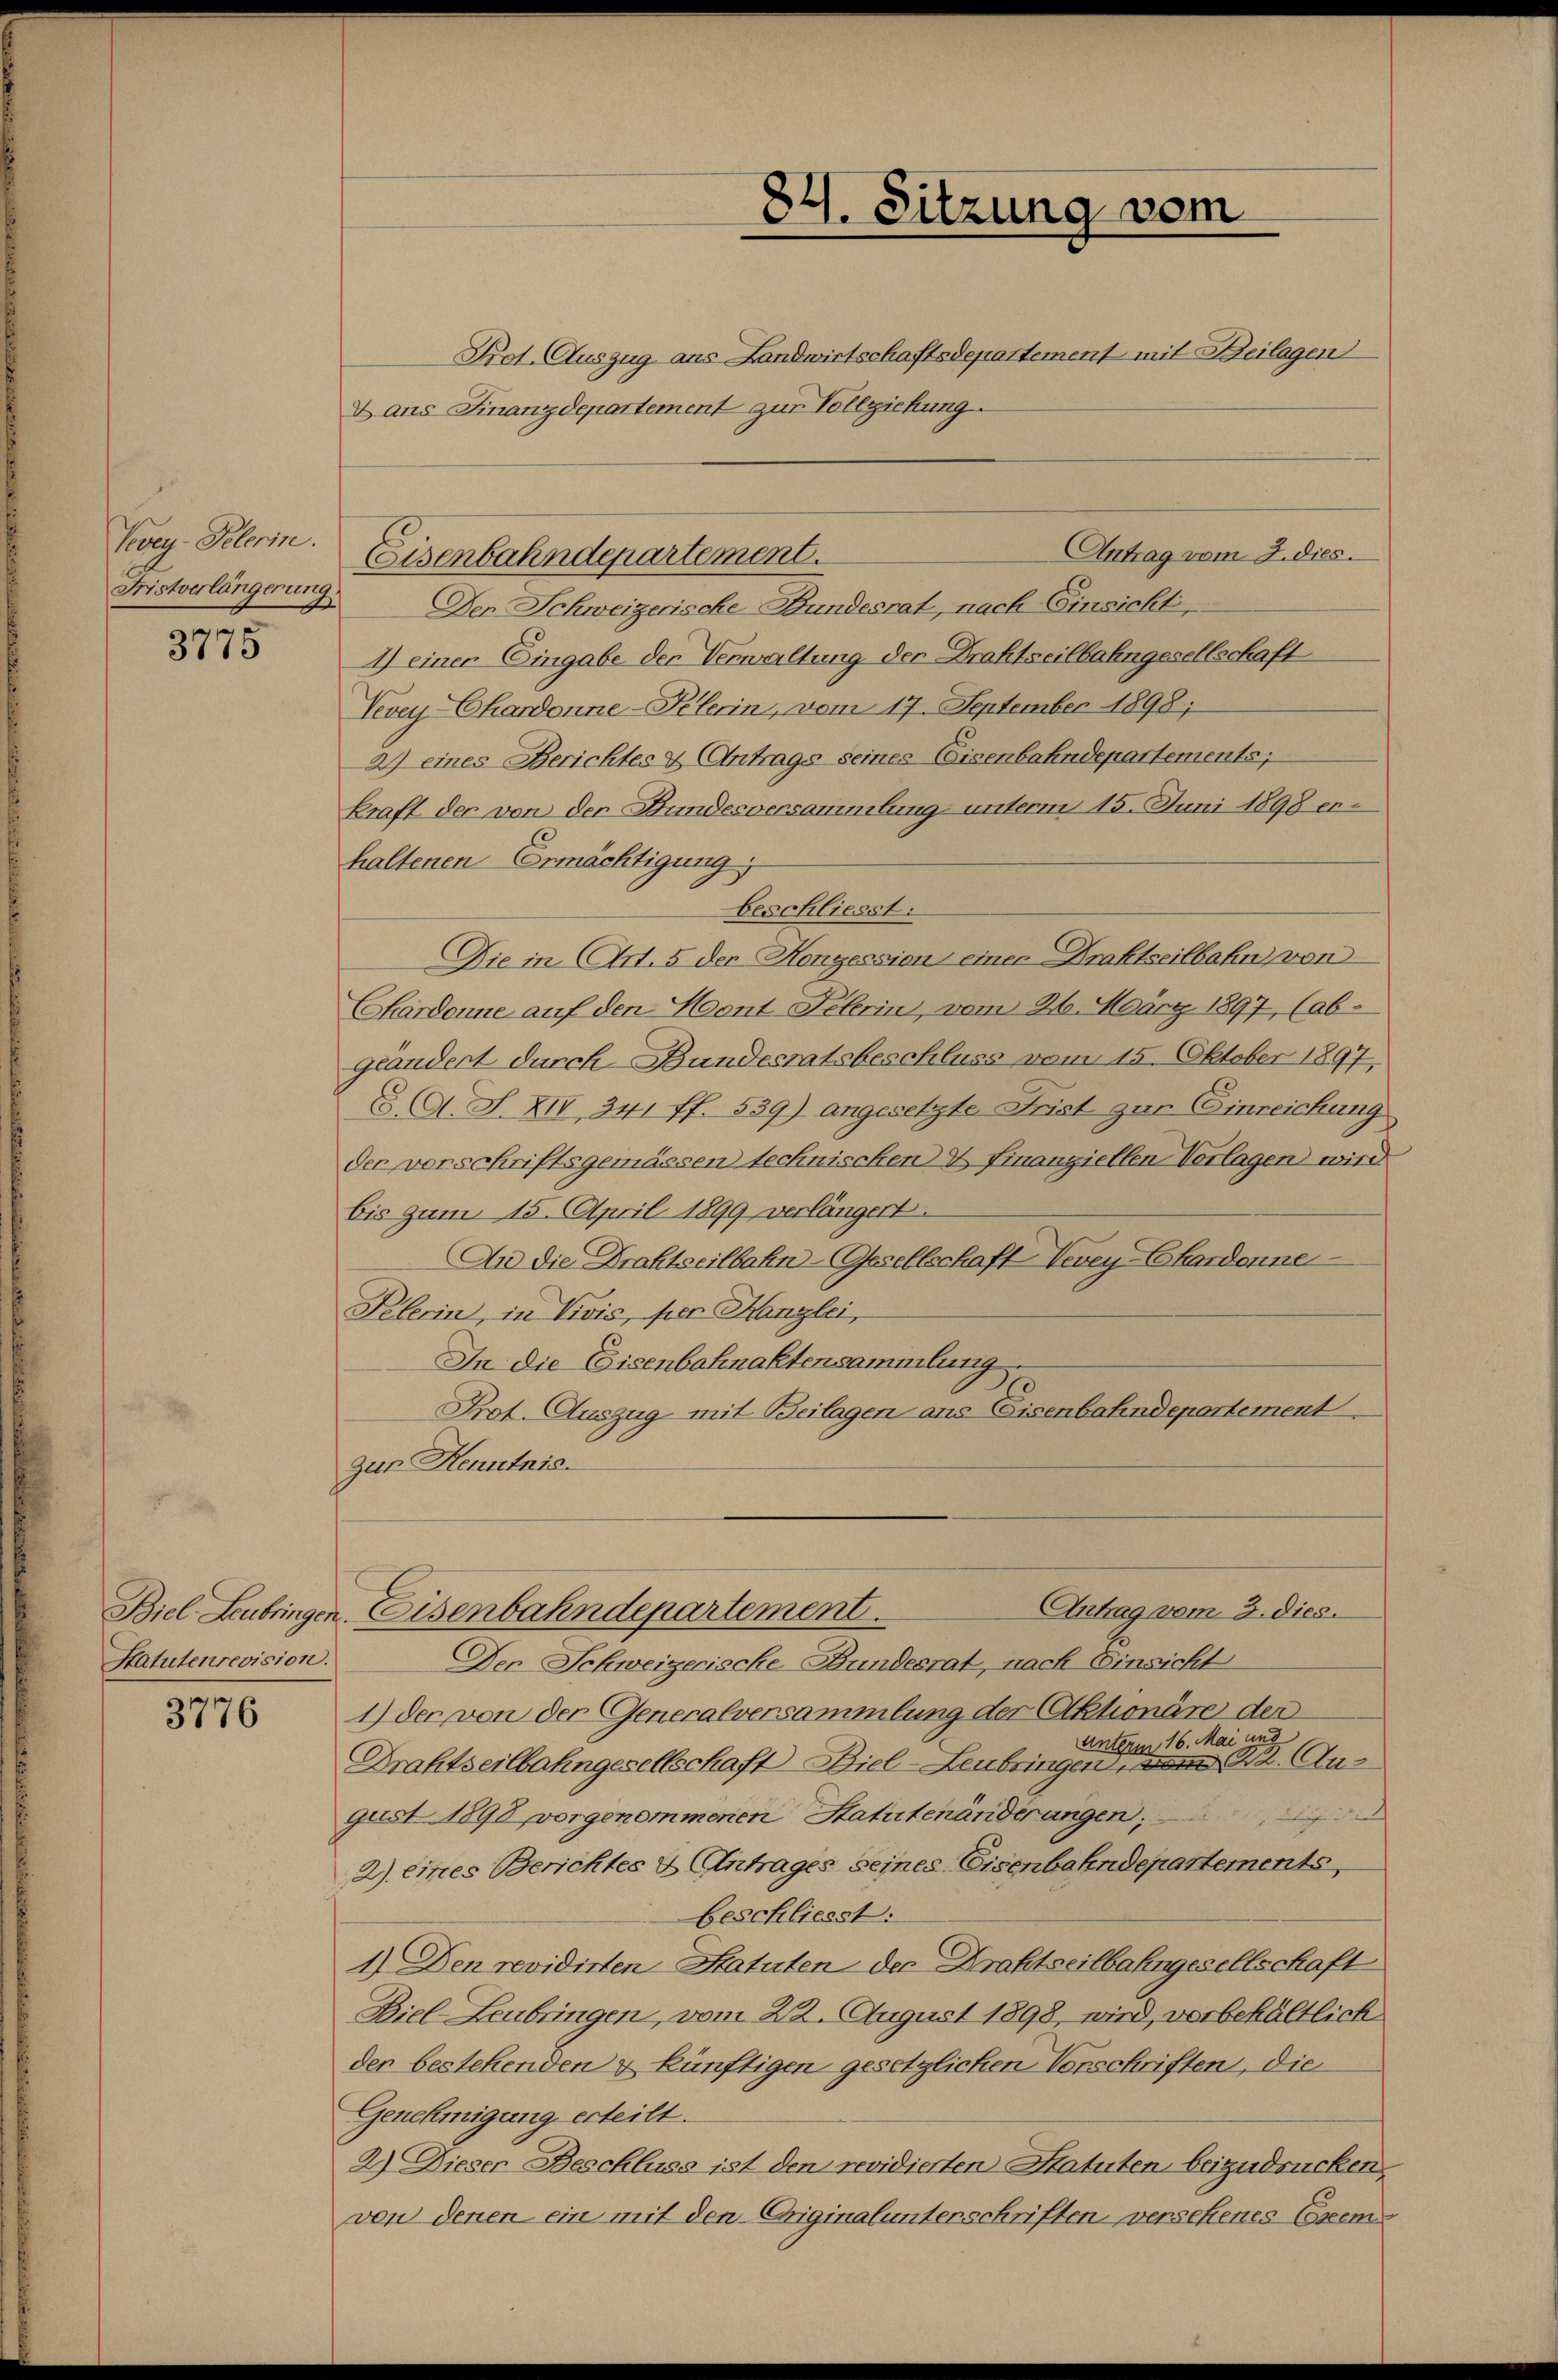
Vevey-Pelerin.
Fristverlängerung.

3775

Hatutenrevision.

3776

84. Sitzung vom

Prot. Auszug aus Landwirtschaftsdepartement mit Beilagen
Dans Finanzdepartement zur Vollziehung.
Antrag vom 2. dies
Den Schweizerische Bundesrat, nach Einsicht
1) einer Eingabe der Verwaltung der Drahtseilbahngesellschaft
Vevey-Chardonne-Pelerin, vom 17. September 1898;
2) eines Berichtes & Antrags seines Eisenbahndepartements;
kraft der von der Bundesversammlung unterm 15. Juni 1898 erhaltenen Ermächtigung;
beschliesst:
Die in Art. 5 der Konzession einer Drahtseilbahn von
Chardonne auf den Hont Pelerin, vom 26. März 1897 (ab-
geändert durch Bundesratsbeschluss vom 15. Oktober 1897
(A. S. XIV 341 ff. 539) angesetzte Frist zur Einreichung
der verschriftsgemässen technischen & finanziellen Vorlagen wird
bis zum 15. April 1899 verlängert.
An die Drahtseilbahn-Gesellschaft Vevey-Chardonne
Klerin, in Vivis, per Hanzlei,
In die Eisenbahnaktensammlung
Prot. Auszug mit Beilagen aus Eisenbahndepartement
zur Kenntnis.

Eisenbahndepartement.

Antrag vom 3. dies.
Biel Leubringen. Eisenbahndepartement.

Der Schweizerische Bundesrat, nach Einsicht
1) der von der Generalversammlung der Aktionäre der
unterm 16. Mai und
Drahtseilbahngesellschaft Biel-Leubringen, vom 22. Au¬

gust 1898 vorgenommenen Statutenänderungen;
2) eines Berichtes & Antrages seines Eisenbahndepartements,
beschliesst:
1.) Den revidirten Statuten der Drahtseilbahngesellschaft
Biel-Leubringen, vom 22. August 1898, wird, verbehältlich
den bestehenden u künftigen gesetzlichen Verschriften, die
Genehmigung erteilt.
2) Dieser Beschluss ist den revidierten Statuten beizudrücken.
von denen ein mit den Originalunterschriften versehenes Exem¬